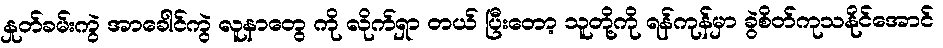
နှုတ်ခမ်းကွဲ အာခေါင်ကွဲ လူနာတွေ ကို လိုက်ရှာ တယ် ပြီးတော့ သူတို့ကို ရန်ကုန်မှာ ခွဲစိတ်ကုသနိုင်အောင်